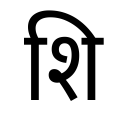
OCR:
शि